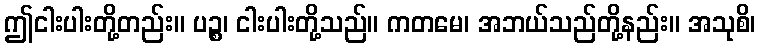
ဤငါးပါးတို့တည်း။ ပဉ္စ၊ ငါးပါးတို့သည်။ ကတမေ၊ အဘယ်သည်တို့နည်း။ အသုစိ၊